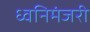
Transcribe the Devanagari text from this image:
ध्वनिमंजरी